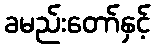
ခမည်းတော်နှင့်